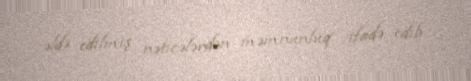
əldə edilmiş nəticələrdən məmnunluq ifadə edib.